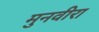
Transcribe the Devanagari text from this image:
मुनवीरा